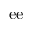
\mathrm { e e }